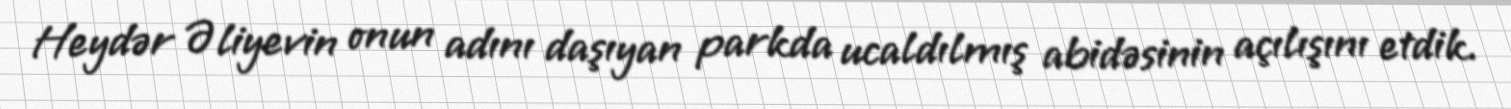
Heydər Əliyevin onun adını daşıyan parkda ucaldılmış abidəsinin açılışını etdik.